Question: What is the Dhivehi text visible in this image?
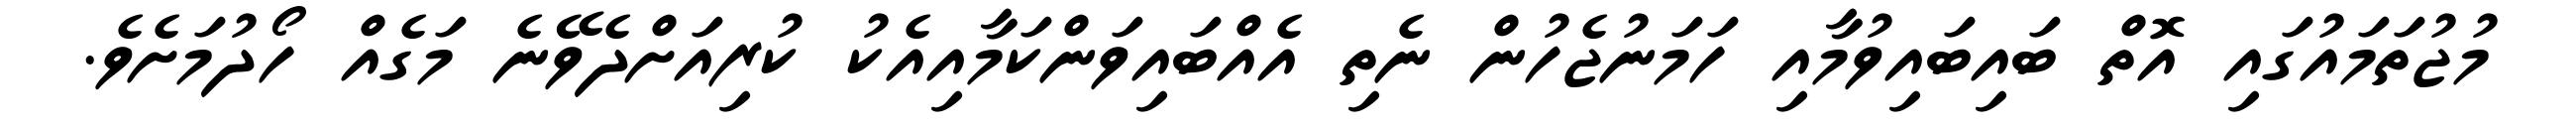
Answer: މުޖުތަމައުގައި އޮތް ބައިބައިވުމާއި ހަމަނުޖެހުން ނެތި އެއްބައިވަންކަމާއިއެކު ކުރިއަށްދެވޭނެ މަގެއް ހޯދުމަށެވެ.